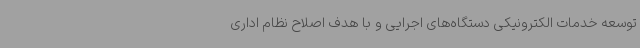
توسعه خدمات الکترونیکی دستگاه‌های اجرایی و با هدف اصلاح نظام اداری